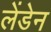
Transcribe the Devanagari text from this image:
लेंडेन